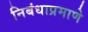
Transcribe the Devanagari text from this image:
निबंधाप्रमाणे